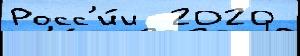
Росс'и́и  2020